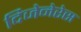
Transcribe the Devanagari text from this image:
दिजेनेरेस